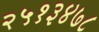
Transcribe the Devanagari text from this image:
२५१३४७८